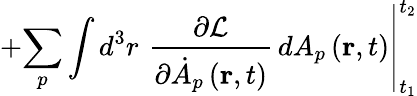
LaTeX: +\left.\sum_{p}\int d^{3}r\, \, \frac{\partial\mathcal{L}}{\partial\dot{A}_{p}\left(\mathbf{r},t\right)}\, dA_{p}\left(\mathbf{r},t\right)\right|_{t_{1}}^{t_{2}}